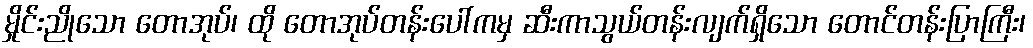
မှိုင်းညိုသော တောအုပ်၊ ထို တောအုပ်တန်းပေါ်ကမှ ဆီးကာသွယ်တန်းလျက်ရှိသော တောင်တန်းပြာကြီး၊